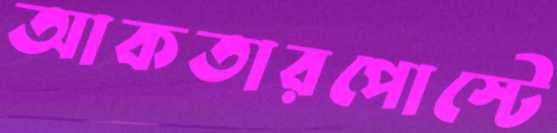
আকতারপোস্টে